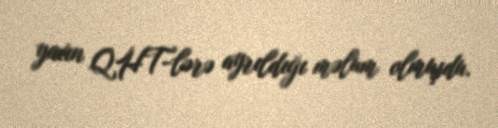
yaxın QHT-lərə ayrıldığı məlum olmuşdu.